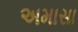
અમાસા